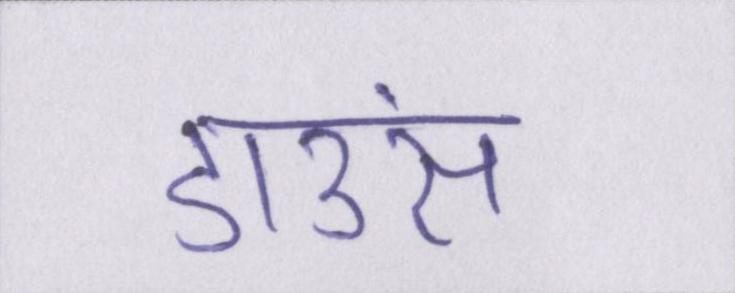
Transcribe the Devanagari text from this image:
डाउंस